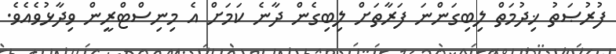
ފުރުޞަތު ޚިދުމަތް ލިބިގަންނަ ފަރާތަށް ލިބިގެން ދާނެ ކަމަށް އެ މިނިސްޓްރީން ވިދާޅުވެއެވެ.